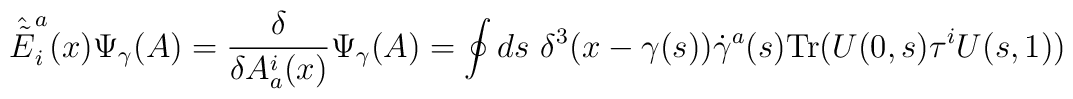
\hat{\tilde{E}}^a_i(x) \Psi_\gamma(A) = {\delta \over \delta A_a^i(x)}\Psi_\gamma(A)=\oint ds \ \delta^3(x-\gamma(s)) \dot{\gamma}^a(s) {\rm Tr}(U(0,s) \tau^iU(s,1))